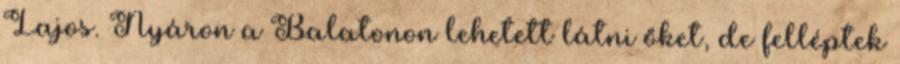
Lajos. Nyáron a Balatonon lehetett látni őket, de felléptek